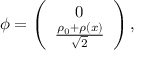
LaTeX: { \phi } = \left( \begin{array} { c l } { { 0 } } \\ { { \frac { \rho _ { 0 } + \rho ( x ) } { \sqrt { 2 } } } } \end{array} \right) ,